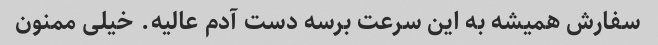
سفارش همیشه به این سرعت برسه دست آدم عالیه. خیلی ممنون